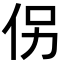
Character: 𪜯